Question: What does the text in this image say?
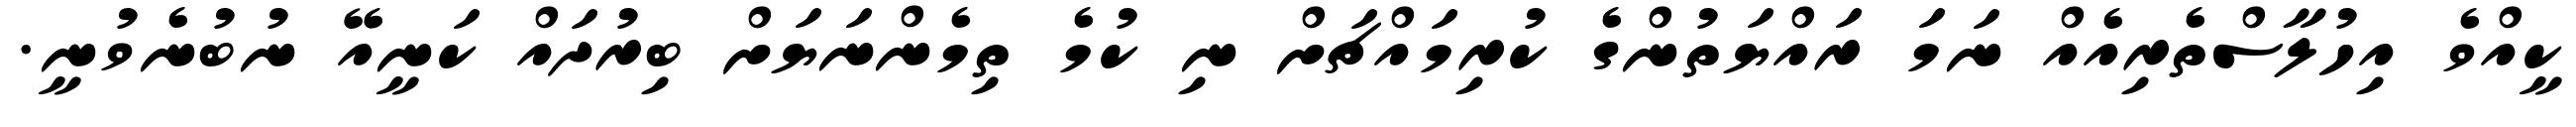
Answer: ކީއްވެ އިހުލާސްތެރިއެއް ނަމަ ރައްޔަތުންގެ ކުރިމައްޗަށް ނި ކުމެ ތިމެންނަޔަށް ބިރުދައް ކަނީއޭ ނުބުނެވުނީ.